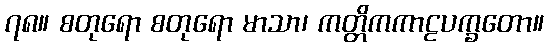
၇၈။ စတုရော စတုရော မာသာ၊ ကတ္တိကကာဠပက္ခတော။